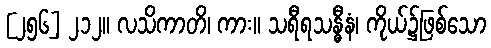
[၂၅၆] ၂၁၂။ လသိကာတိ၊ ကား။ သရီရသန္ဓီနံ၊ ကိုယ်၌ဖြစ်သော